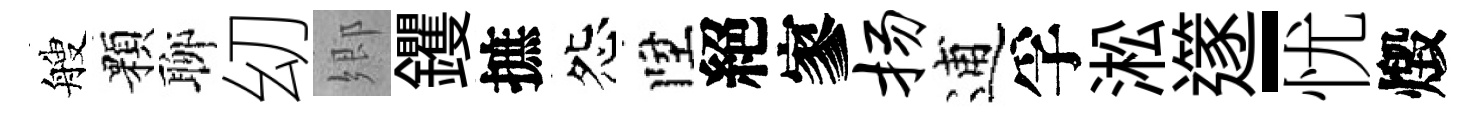
艘顆聊㓜郷钁摭怨陞絕寥扬逋孚淞𨗹-忧燬